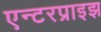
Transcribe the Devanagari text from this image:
एन्टरप्राइझ